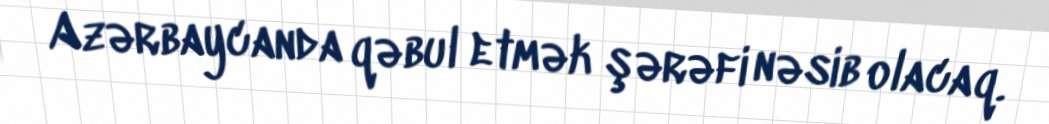
Azərbaycanda qəbul etmək şərəfi nəsib olacaq.